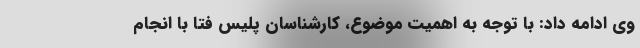
وی ادامه داد: با توجه به اهمیت موضوع، کارشناسان پلیس فتا با انجام